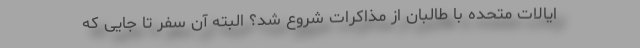
ایالات متحده با طالبان از مذاکرات شروع شد؟ البته آن سفر تا جایی که